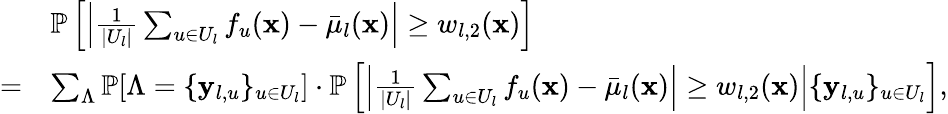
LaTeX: \begin{array}{rl}&{\mathbb{P}\left[\left|\frac{1}{|U_{l}|}\sum_{u\in U_{l}}f_{u}(\mathbf{x})-\bar{\mu}_{l}(\mathbf{x})\right|\geq w_{l,2}(\mathbf{x})\right]}\\ {=}&{\sum_{\Lambda}\mathbb{P}[\Lambda=\{ \mathbf{y}_{l,u}\} _{u\in U_{l}}]\cdot\mathbb{P}\left[\left|\frac{1}{|U_{l}|}\sum_{u\in U_{l}}f_{u}(\mathbf{x})-\bar{\mu}_{l}(\mathbf{x})\right|\geq w_{l,2}(\mathbf{x})\middle|\{ \mathbf{y}_{l,u}\} _{u\in U_{l}}\right],}\end{array}